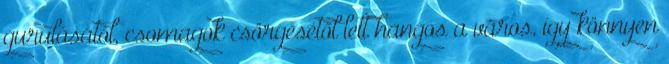
gurulásától, csomagok csörgésétől lett hangos a város, így könnyen